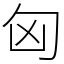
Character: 匈